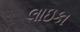
લાઇકા